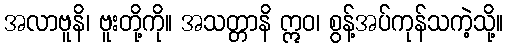
အလာဗူနိ၊ ဗူးတို့ကို။ အသတ္တာနိ ဣဝ၊ စွန့်အပ်ကုန်သကဲ့သို့။